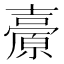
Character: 𡕊